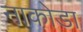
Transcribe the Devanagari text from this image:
नाका़ेडा